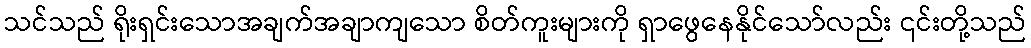
သင်သည် ရိုးရှင်းသောအချက်အချာကျသော စိတ်ကူးများကို ရှာဖွေနေနိုင်သော်လည်း ၎င်းတို့သည်